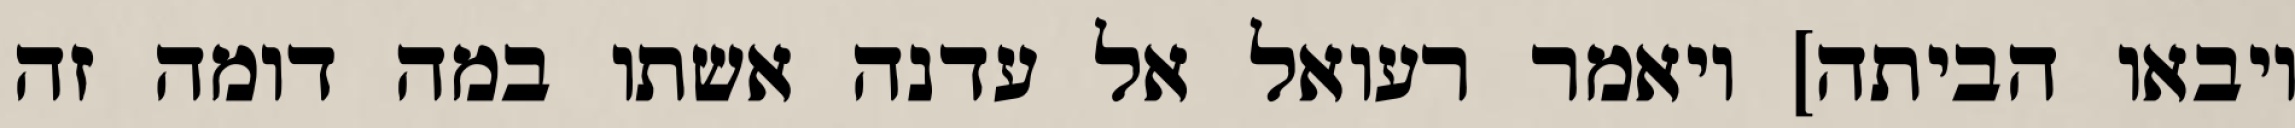
ויבאו הביתה] ויאמר רעואל אל עדנה אשתו במה דומה זה